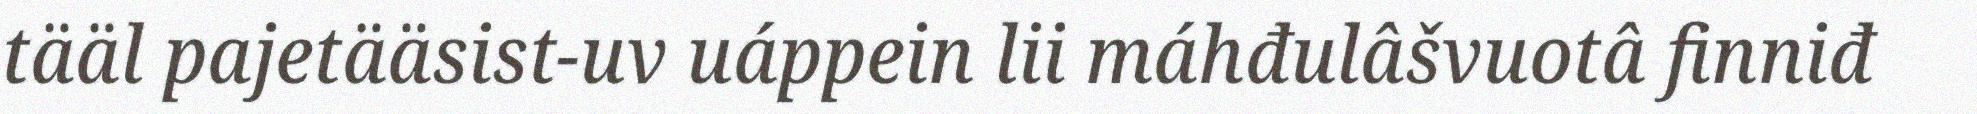
tääl pajetääsist-uv uáppein lii máhđulâšvuotâ finniđ